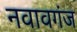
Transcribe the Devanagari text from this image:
नवावगंज